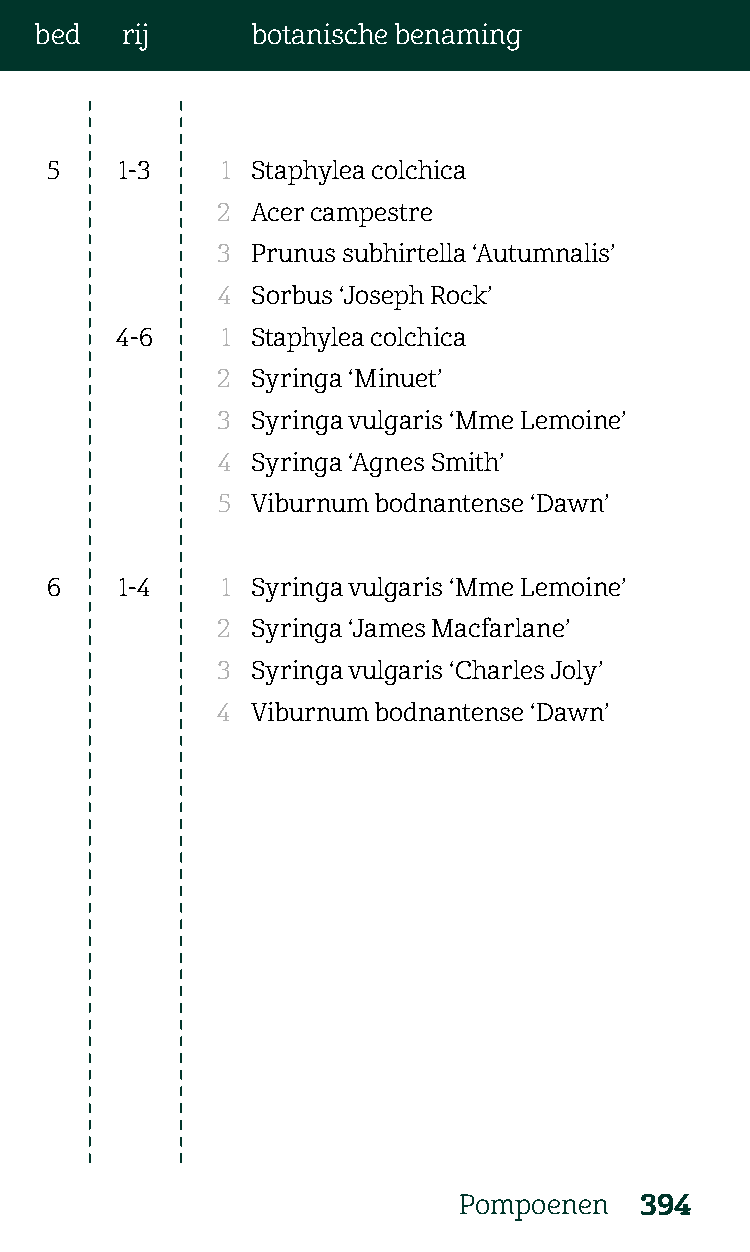
bed   rij      botanische benaming
 5    1-3    1 Staphylea colchica
 2  Acer campestre
 3  Prunus subhirtella ‘Autumnalis’
 4  Sorbus ‘Joseph Rock’
 4-6    1 Staphylea colchica
 2  Syringa ‘Minuet’
 3  Syringa vulgaris ‘Mme Lemoine’
 4  Syringa ‘Agnes Smith’
 5  Viburnum bodnantense ‘Dawn’
 6    1-4    1 Syringa vulgaris ‘Mme Lemoine’
 2  Syringa ‘James Macfarlane’
 3  Syringa vulgaris ‘Charles Joly’
 4  Viburnum bodnantense ‘Dawn’
 Pompoenen   394